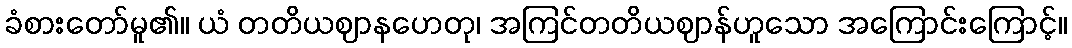
ခံစားတော်မူ၏။ ယံ တတိယဈာနဟေတု၊ အကြင်တတိယဈာန်ဟူသော အကြောင်းကြောင့်။